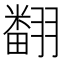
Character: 𮋒